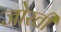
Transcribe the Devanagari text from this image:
जोरती